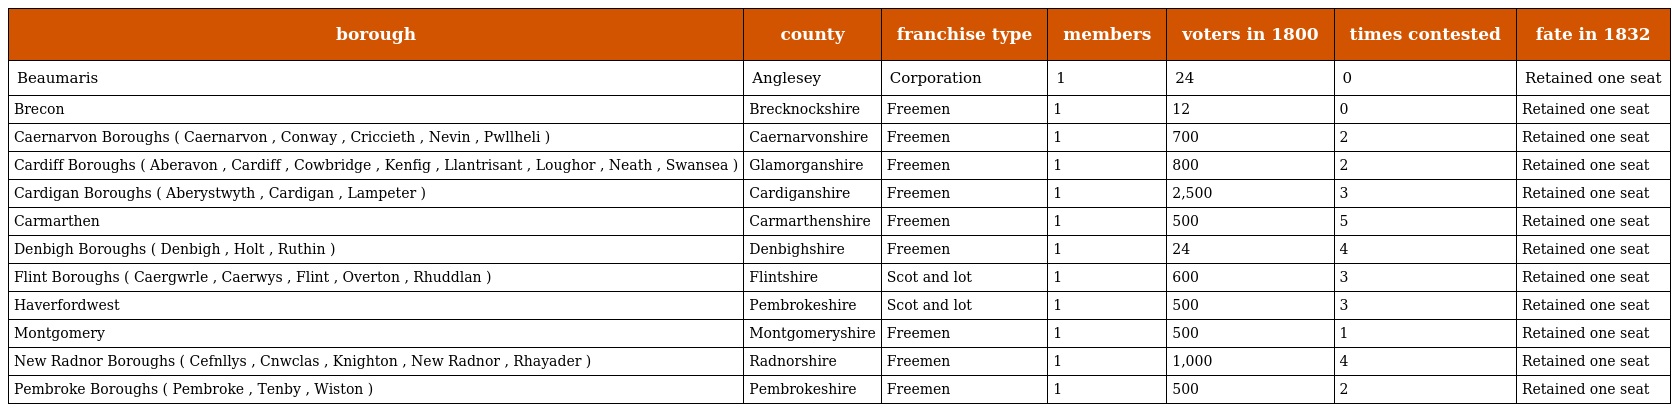
| borough | county | franchise type | members | voters in 1800 | times contested | fate in 1832 |
 | --- | --- | --- | --- | --- | --- | --- |
 | Beaumaris | Anglesey | Corporation | 1 | 24 | 0 | Retained one seat |
 | Brecon | Brecknockshire | Freemen | 1 | 12 | 0 | Retained one seat |
 | Caernarvon Boroughs ( Caernarvon , Conway , Criccieth , Nevin , Pwllheli ) | Caernarvonshire | Freemen | 1 | 700 | 2 | Retained one seat |
 | Cardiff Boroughs ( Aberavon , Cardiff , Cowbridge , Kenfig , Llantrisant , Loughor , Neath , Swansea ) | Glamorganshire | Freemen | 1 | 800 | 2 | Retained one seat |
 | Cardigan Boroughs ( Aberystwyth , Cardigan , Lampeter ) | Cardiganshire | Freemen | 1 | 2,500 | 3 | Retained one seat |
 | Carmarthen | Carmarthenshire | Freemen | 1 | 500 | 5 | Retained one seat |
 | Denbigh Boroughs ( Denbigh , Holt , Ruthin ) | Denbighshire | Freemen | 1 | 24 | 4 | Retained one seat |
 | Flint Boroughs ( Caergwrle , Caerwys , Flint , Overton , Rhuddlan ) | Flintshire | Scot and lot | 1 | 600 | 3 | Retained one seat |
 | Haverfordwest | Pembrokeshire | Scot and lot | 1 | 500 | 3 | Retained one seat |
 | Montgomery | Montgomeryshire | Freemen | 1 | 500 | 1 | Retained one seat |
 | New Radnor Boroughs ( Cefnllys , Cnwclas , Knighton , New Radnor , Rhayader ) | Radnorshire | Freemen | 1 | 1,000 | 4 | Retained one seat |
 | Pembroke Boroughs ( Pembroke , Tenby , Wiston ) | Pembrokeshire | Freemen | 1 | 500 | 2 | Retained one seat |